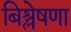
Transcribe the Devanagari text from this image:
बिश्लेषणा